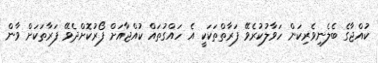
ކުއްޖާގެ ބެލެނިވެރިކަން ހަވާލުކުރެވޭ ފަރާތްތަކަކީ އެ ހައްގުތައް ކުއްޖާއަށް ފޯރުކޮށްދެވޭ ފަރާތަކަށް ވާން